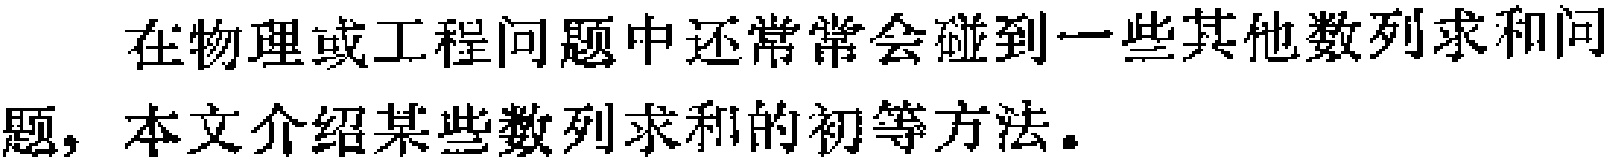
在物理或工程问题中还常常会碰到一些其他数列求和问题，本文介绍某些数列求和的初等方法。